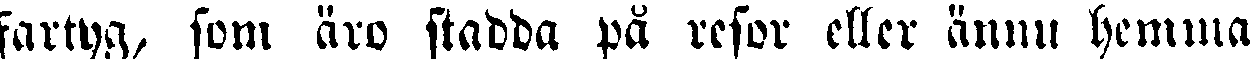
fartyg, som äro stadda på resor eller ännu hemma